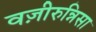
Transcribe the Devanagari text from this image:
वज़ीरुन्निसा